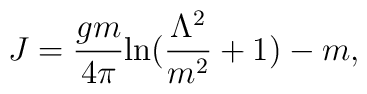
J = \frac{gm}{4\pi}\mbox{ln}(\frac{\Lambda^2}{m^2} + 1) - m,